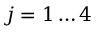
j = 1 \dots 4